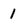
Character: 1